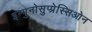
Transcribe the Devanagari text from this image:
इम्मुनोसुप्प्रेस्सिओन